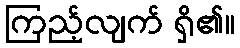
ကြည့်လျက် ရှိ၏။